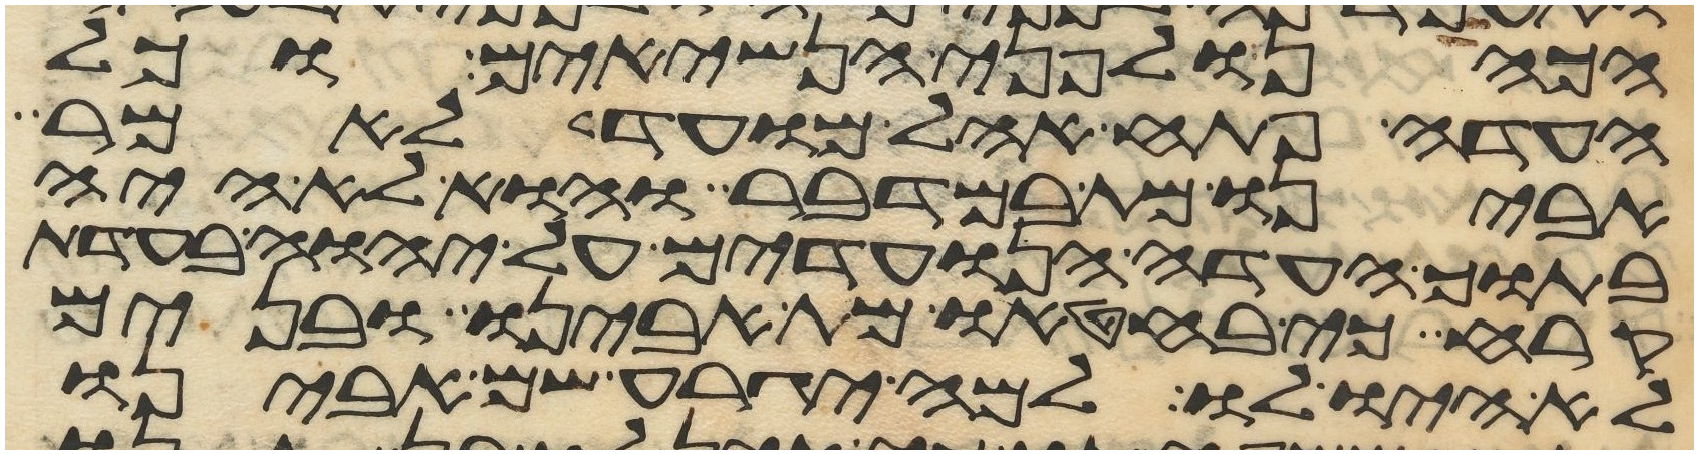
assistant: הכהן ולפני הנשיאים וכל
העדה פתח אהל מועד לאמר
אבינו מת במדבר והוא לא היה
בתוך העדה הנועדים על יהוה בעדת
קרח כי בחטאו מת אבינו ובנים
לא היה לו למה יגרע שם אבינו